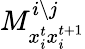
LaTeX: M_{x_{i}^{t}x_{i}^{t+1}}^{i\setminus j}